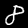
Label: 8